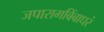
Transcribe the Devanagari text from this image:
जपारागबिंबाधरं